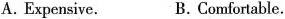
A.Expensive. B.Comfortable.